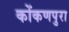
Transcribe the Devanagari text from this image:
कोंकणपुरा